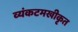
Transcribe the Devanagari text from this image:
व्यंकटमखीकृत